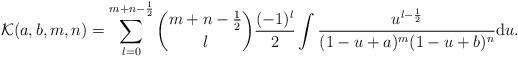
LaTeX: \begin{align*}\mathcal{K}(a, b, m, n) = \sum_{l = 0}^{m + n - \frac{1}{2}} \binom{m + n - \frac{1}{2}}{l} \frac{(-1)^{l}}{2} \int \frac{u^{l - \frac{1}{2}}}{(1 - u + a)^{m} (1 - u + b)^{n}} {\rm d}u. \end{align*}